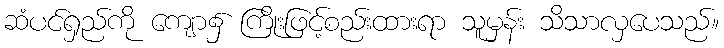
ဆံပင်ရှည်ကို ကျော၌ ကြိုးဖြင့်စည်းထားရာ သူမှန်း သိသာလှပေသည်။